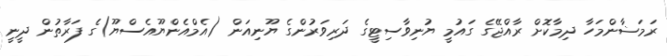
ރަމަޟާންމަހާ ދިމާކޮށް ރާއްޖޭގެ ގައުމީ ޔުނިވާސިޓީގެ ދަރިވަރުންގެ ޔޫނިއަން (އެމްއެންޔޫއެސްޔޫ)ގެ ފަރާތުން ދީނީ